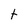
Character: t